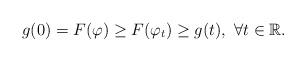
LaTeX: \begin{align*}g(0) =F(\varphi) \geq F(\varphi_t) \geq g(t), \ \forall t\in \mathbb{R}. \end{align*}